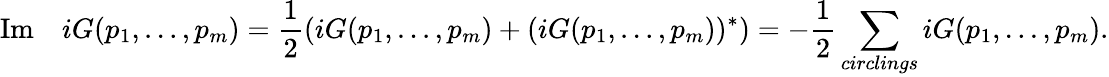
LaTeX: \mathrm{Im}\quad iG(p_{1},...,p_{m})=\frac 12(iG(p_{1},...,p_{m})+(iG(p_{1},...,p_{m}))^{*})=-\frac 12\sum_{circlings}iG(p_{1},...,p_{m}).